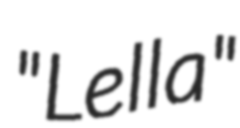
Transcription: "Lella"